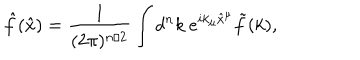
LaTeX: \hat { f } ( \hat { x } ) = \frac { 1 } { ( 2 \pi ) ^ { n / 2 } } \int d ^ { n } k ~ e ^ { i k _ { \mu } \hat { x } ^ { \mu } } \tilde { f } ( k ) ,